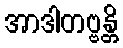
အာဒါတဗ္ဗန္တိ